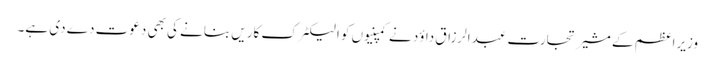
وزیراعظم کے مشیر تجارت عبدالرزاق داؤد نے کمپنیوں کو الیکٹرک کاریں بنانے کی بھی دعوت دے دی ہے۔